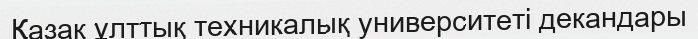
Қазақ ұлттық техникалық университеті декандары